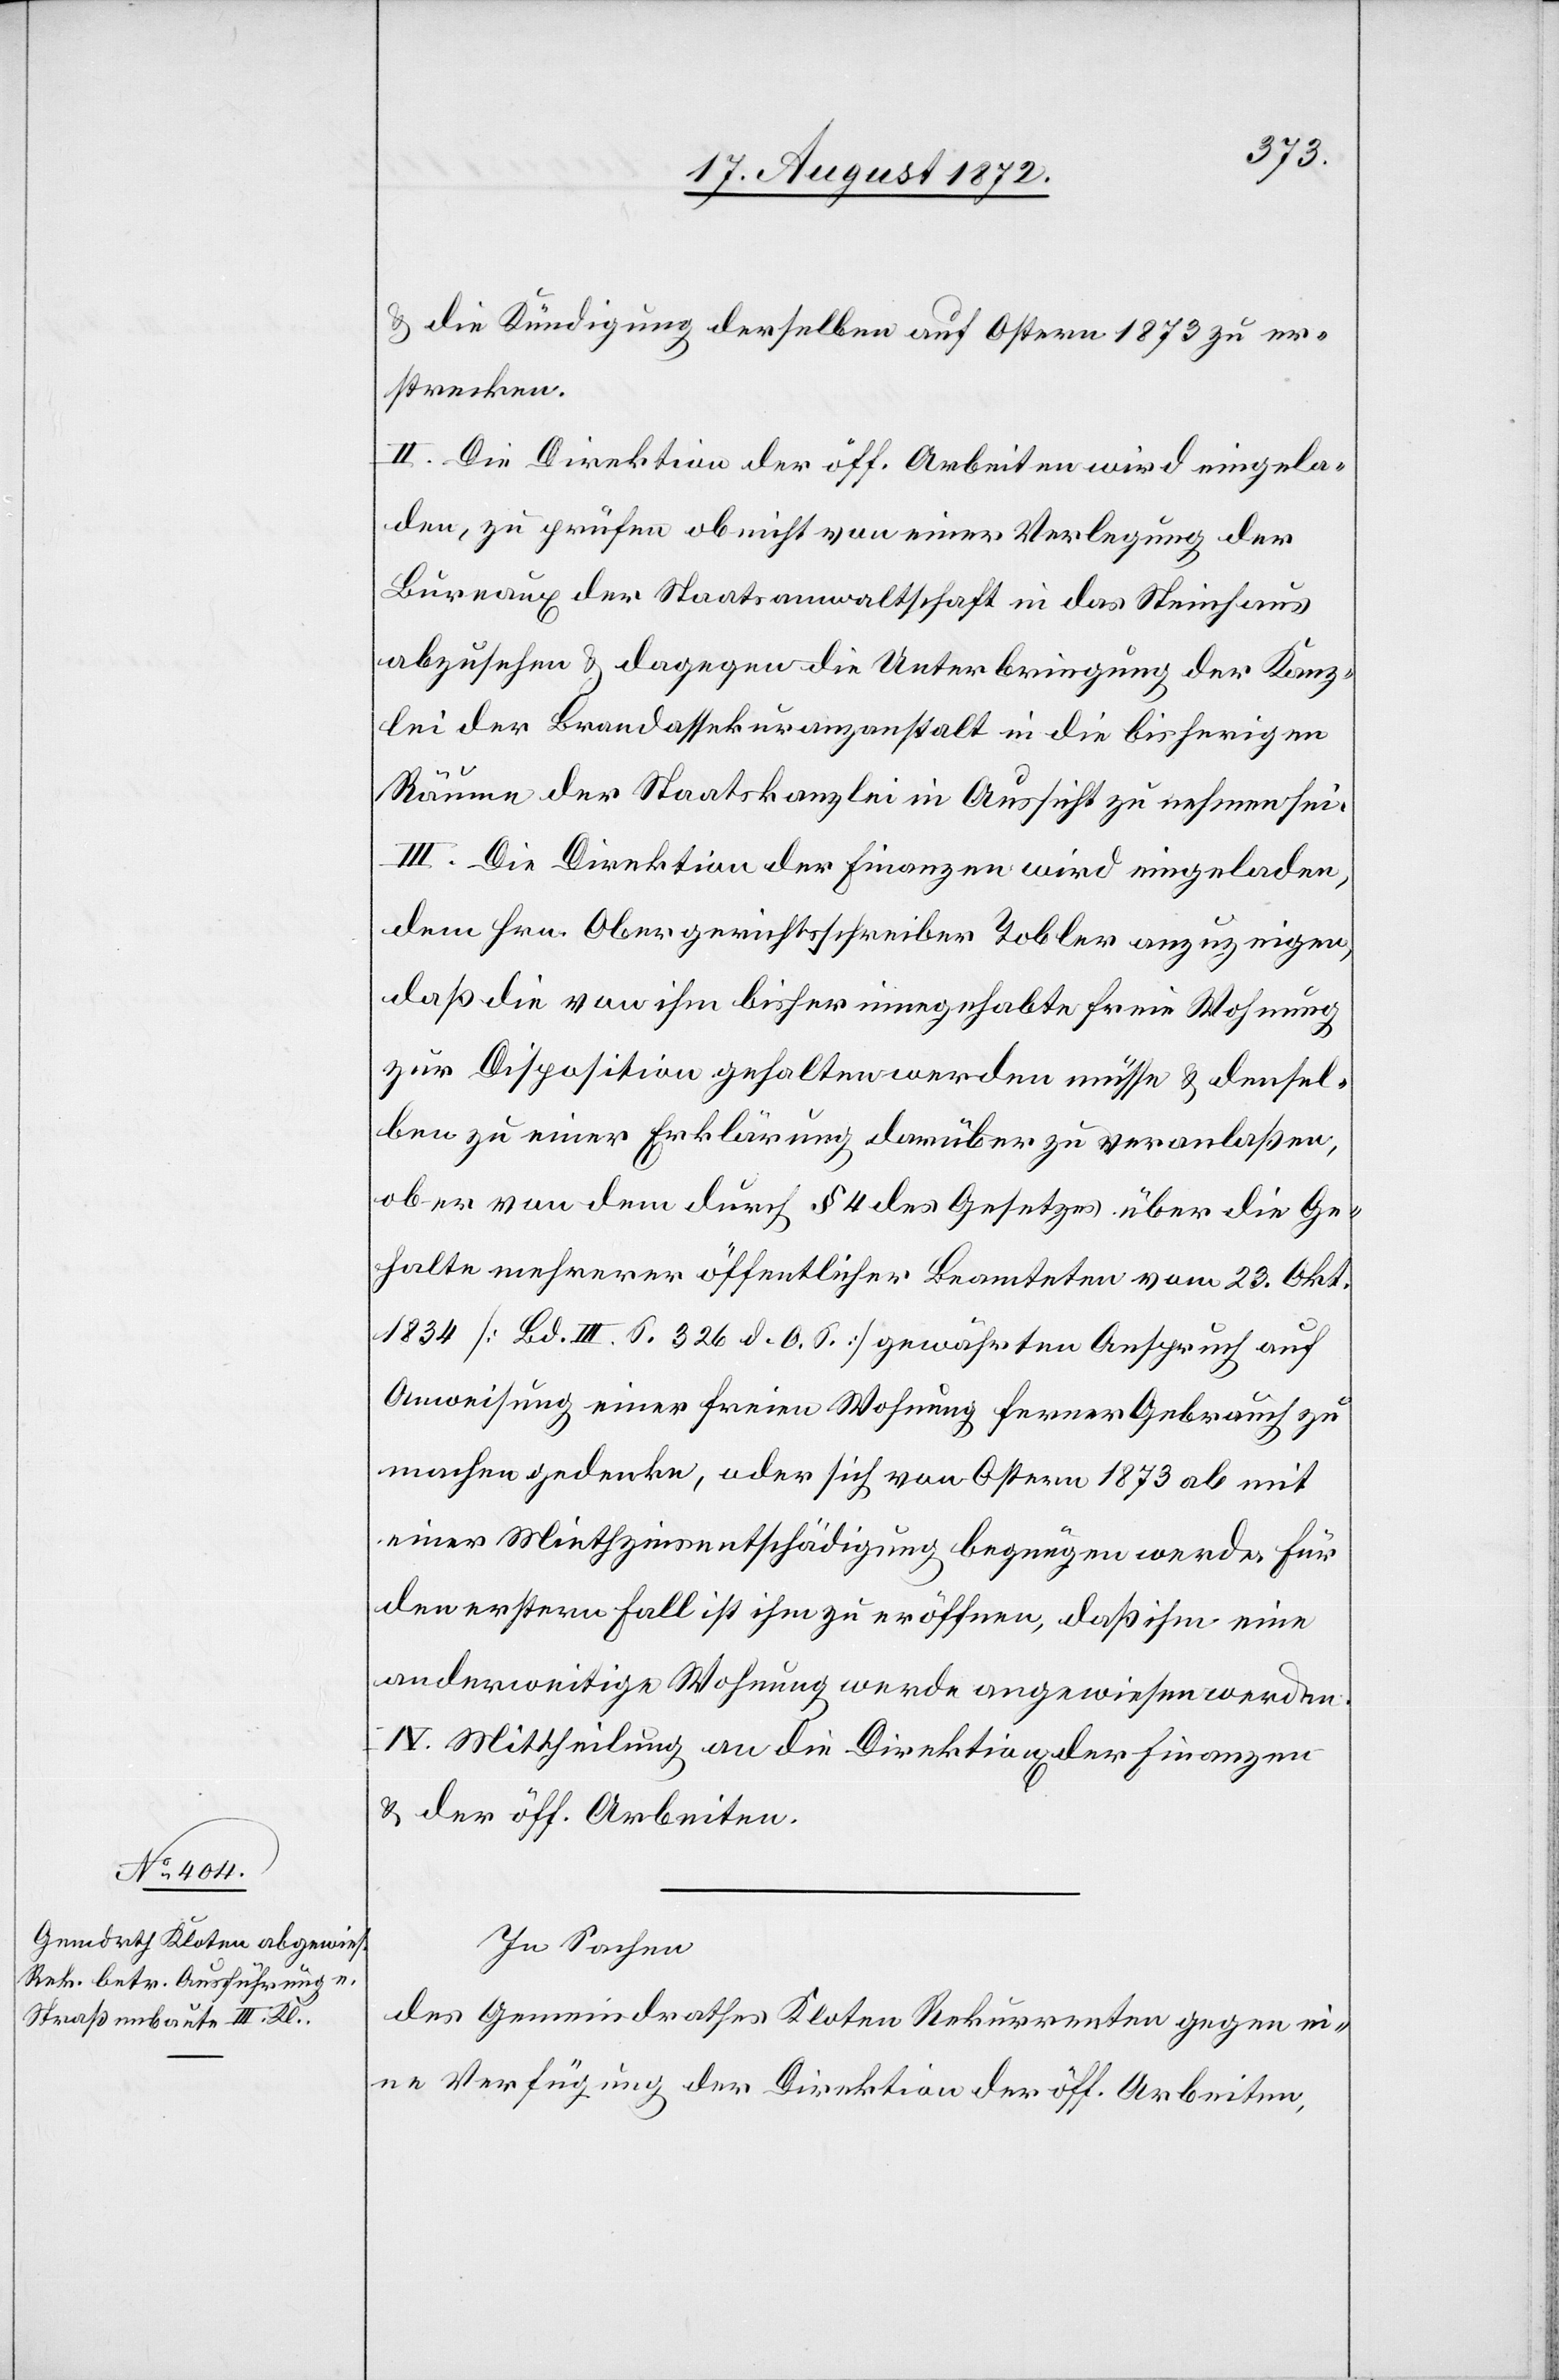
u. die Kündigung derselben auf Ostern 1873 zu er¬
strecken.
II. Die Direktion der öff. Arbeiten wird eingela¬
den, zu prüfen ob nicht von einer Verlegung der
Bureaux der Staatsanwaltschaft in das Steinhaus
abzusehen u. dagegen die Unterbringung der Kanz¬
lei der Brandassekuranzanstalt in die bisherigen
Räume der Staatskanzlei in Aussicht zu nehmen sei.
III. Die Direktion der Finanzen wird eingeladen,
dem Hrn. Obergerichtsschreiber Tobler anzuzeigen,
daß die von ihm bisher innegehabte freie Wohnung
zur Disposition gehalten werden müsse u. densel¬
ben zu einer Erklärung darüber zu veranlaßen,
ob er von dem durch § 4 des Gesetzes über die Ge¬
halte mehrerer öffentlicher Beamteten vom 23. Okt.
1834 [Bd. III S. 326 d. O. S.] gewährten Anspruch auf
Anweisung einer freien Wohnung ferner Gebrauch zu
machen gedenke, oder sich von Ostern 1873 ab mit
einer Miethzinsentschädigung begnügen werde. Für
den erstern Fall ist ihm zu eröffnen, daß ihm eine
anderweitige Wohnung werde angewiesen werden.
IV. Mittheilung an die Direktion[en] der Finanzen
u. der öff. Arbeiten.
In Sachen
des Gemeindrathes Kloten Rekurrenten gegen ei¬
ne Verfügung der Direktion der öff. Arbeiten,